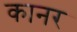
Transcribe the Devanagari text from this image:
कानर